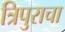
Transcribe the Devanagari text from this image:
त्रिपुराचा